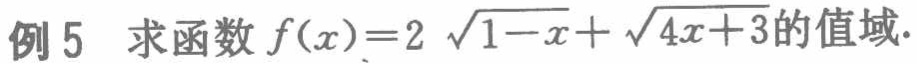
例5 求函数 \(f(x)=2\sqrt{1 - x}+\sqrt{4x + 3}\)的值域.